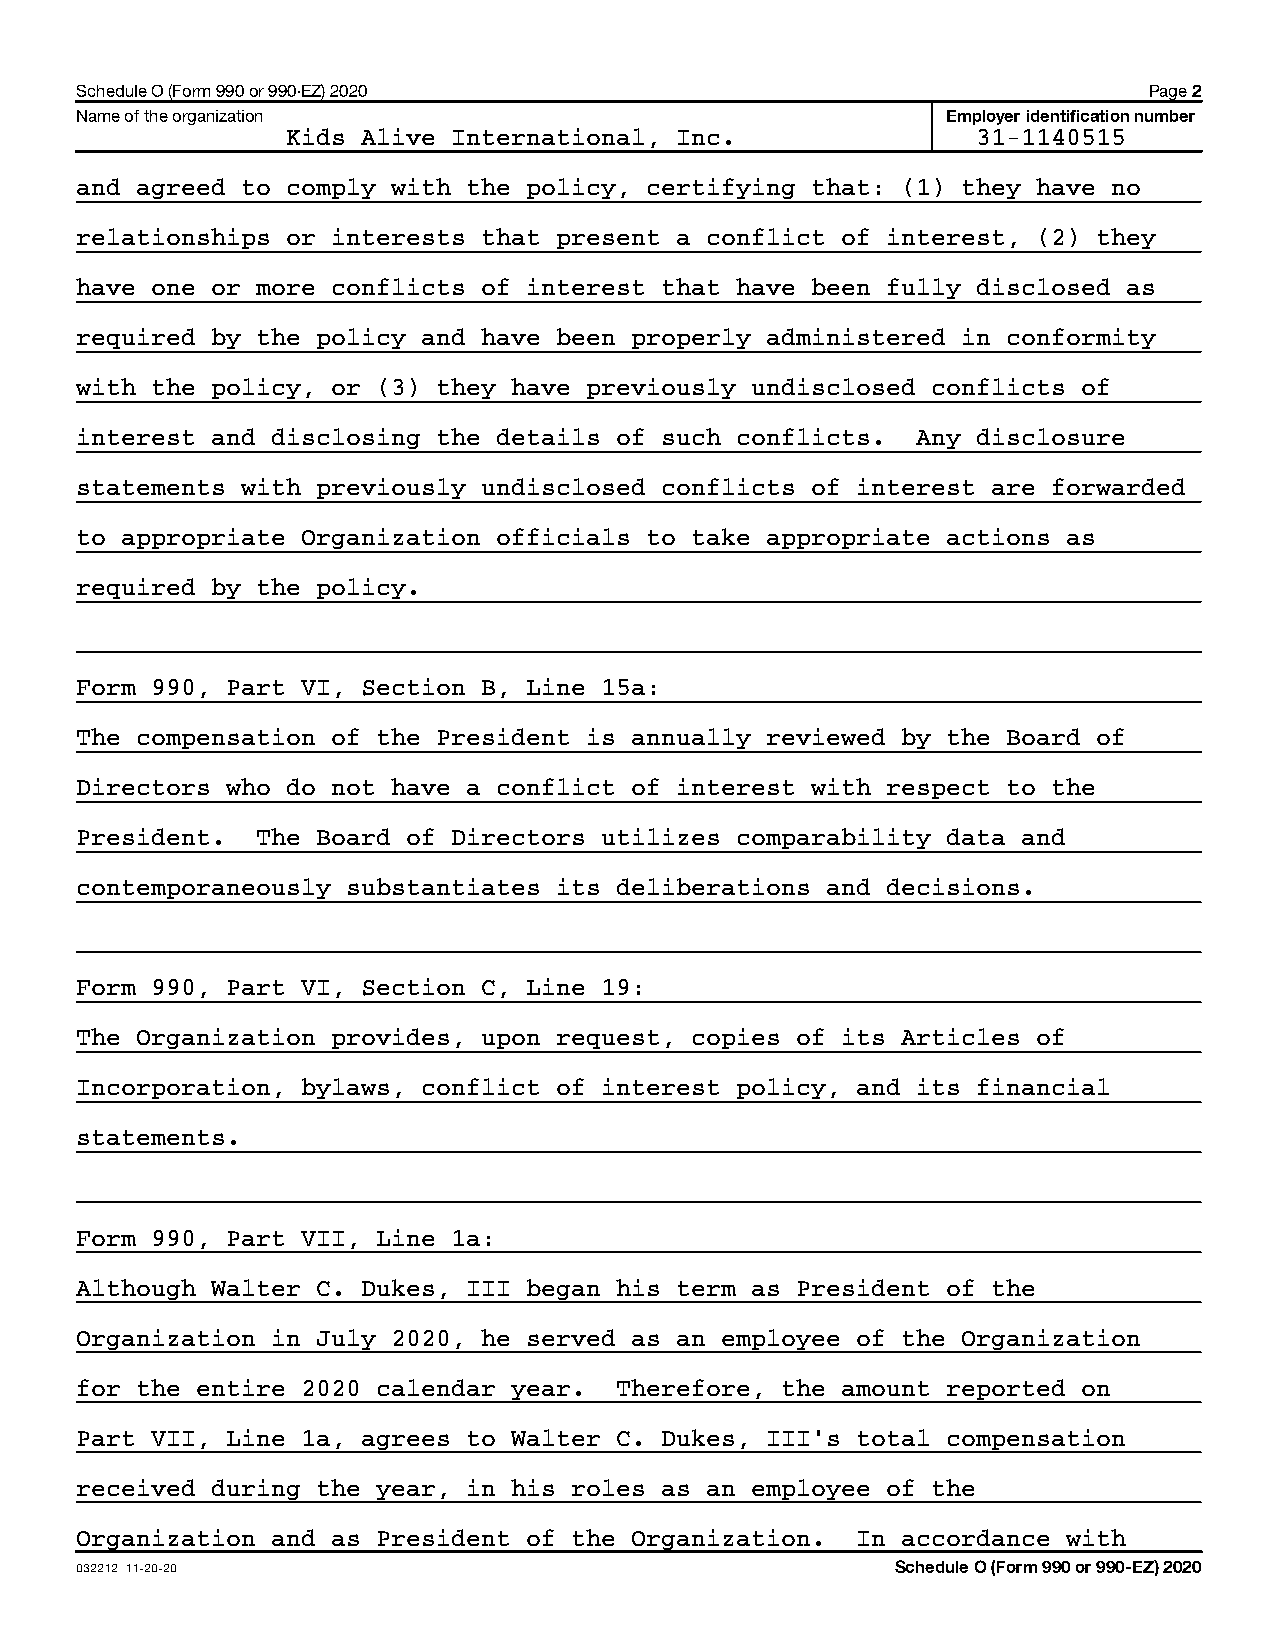
Schedule O (Form 990 or 990-EZ) 2020                                   Page 2
 Name of the organization                                  Employer identification number
 Kids Alive International, Inc.                31-1140515
 and agreed to comply with the policy, certifying that: (1) they have no
 relationships or interests that present a conflict of interest, (2) they
 have one or more conflicts of interest that have been fully disclosed as
 required by the policy and have been properly administered in conformity
 with the policy, or (3) they have previously undisclosed conflicts of
 interest and disclosing the details of such conflicts.  Any disclosure
 statements with previously undisclosed conflicts of interest are forwarded
 to appropriate Organization officials to take appropriate actions as
 required by the policy.
 Form 990, Part VI, Section B, Line 15a:
 The compensation of the President is annually reviewed by the Board of
 Directors who do not have a conflict of interest with respect to the
 President.  The Board of Directors utilizes comparability data and
 contemporaneously substantiates its deliberations and decisions.
 Form 990, Part VI, Section C, Line 19:
 The Organization provides, upon request, copies of its Articles of
 Incorporation, bylaws, conflict of interest policy, and its financial
 statements.
 Form 990, Part VII, Line 1a:
 Although Walter C. Dukes, III began his term as President of the
 Organization in July 2020, he served as an employee of the Organization
 for the entire 2020 calendar year.  Therefore, the amount reported on
 Part VII, Line 1a, agrees to Walter C. Dukes, III’s total compensation
 received during the year, in his roles as an employee of the
 Organization and as President of the Organization.  In accordance with
 032212 11-20-20                                       Schedule O (Form 990 or 990-EZ) 2020